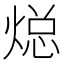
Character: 𮳳